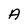
Character: A